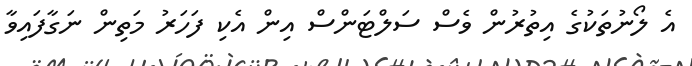
އެ ލޯނުތަކުގެ އިތުރުން ވެސް ސަލްޓަންސް އިން އެކި ފަހަރު މަތިން ނަގާފައިވާ